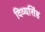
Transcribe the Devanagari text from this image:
दिव्यसिंह